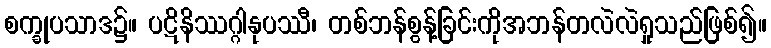
စက္ခုပသာဒ၌။ ပဋိနိဿဂ္ဂါနုပဿီ၊ တစ်ဘန်စွန့်ခြင်းကိုအဘန်တလဲလဲရှုသည်ဖြစ်၍။